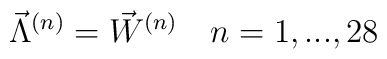
{\vec \Lambda}^{(n)}={\vec W}^{(n)} \quad n=1,...,28